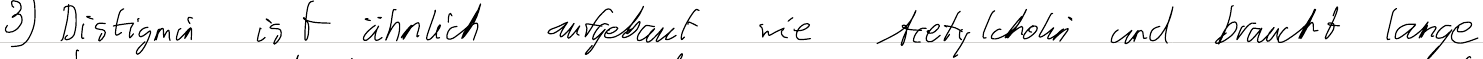
3) Distigmin ist ähnlich aufgebaut wie Acetylcholin und braucht lange